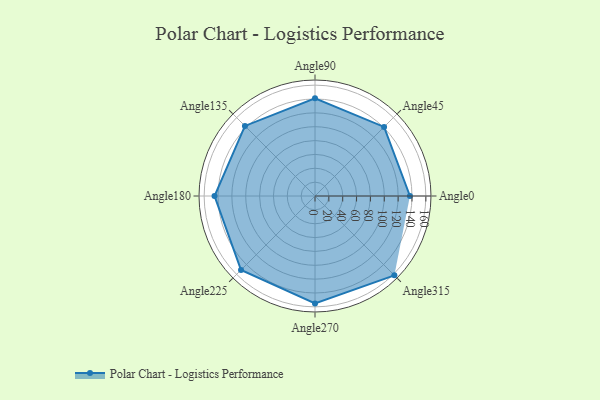
{"axis": {"x": "Angle", "y": "Radius"}, "legend": [""], "data": [{"x": "Angle0", "y": 137.0, "type": ""}, {"x": "Angle45", "y": 141.0, "type": ""}, {"x": "Angle90", "y": 141.0, "type": ""}, {"x": "Angle135", "y": 143.0, "type": ""}, {"x": "Angle180", "y": 145.0, "type": ""}, {"x": "Angle225", "y": 151.0, "type": ""}, {"x": "Angle270", "y": 155.0, "type": ""}, {"x": "Angle315", "y": 162.0, "type": ""}]}